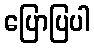
ပြောပြပါ